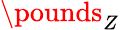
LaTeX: \pounds_{Z}